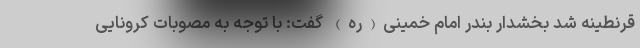
قرنطینه شد بخشدار بندر امام خمینی(ره) گفت: با توجه به مصوبات کرونایی